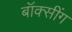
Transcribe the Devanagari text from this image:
बॉक्सींग